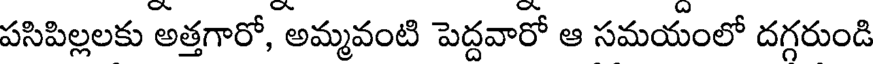
పసిపిల్లలకు అత్తగారో, అమ్మవంటి పెద్దవారో ఆ సమయంలో దగ్గరుండి